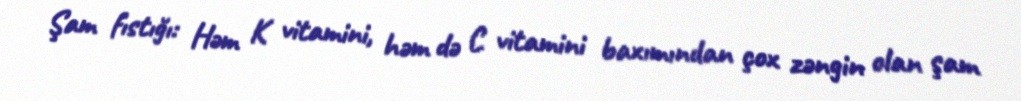
Şam fıstığı: Həm K vitamini, həm də C vitamini baxımından çox zəngin olan şam